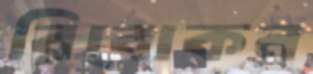
রিবোকন